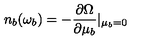
n _ { b } ( \omega _ { b } ) = - \frac { \partial \Omega } { \partial \mu _ { b } } | _ { \mu _ { b } = 0 }